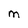
Character: M